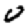
Digit: 0